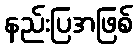
နည်းပြအဖြစ်